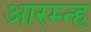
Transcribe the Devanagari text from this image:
आरम्न्ह